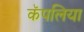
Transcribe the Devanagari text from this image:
कॅपलिया